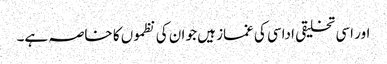
اور اسی تخلیقی اداسی کی غماز ہیں جو ان کی نظموں کا خاصہ ہے۔